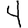
Digit: 4